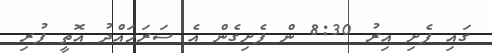
ގައި ފެށި އިރު 8:30 ން ފެށިގެން އެ ސަރަހައްދު އޮތީ ފުރި